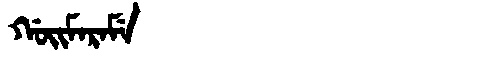
Manchu: ᡤᠣᡳᠮᠠᡵᠠᠮᡝ
Romanization: GOIMARAME